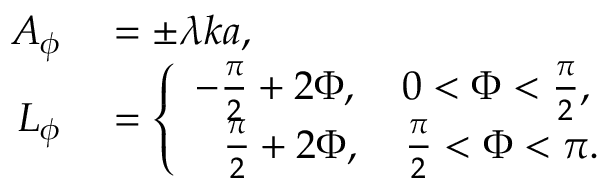
\begin{array} { r l } { A _ { \phi } } & { { } = \pm \lambda k a , } \\ { L _ { \phi } } & { { } = \left\{ \begin{array} { l l } { - \frac { \pi } { 2 } + 2 \Phi , \quad 0 < \Phi < \frac { \pi } { 2 } , } \\ { \phantom { + } \frac { \pi } { 2 } + 2 \Phi , \quad \frac { \pi } { 2 } < \Phi < \pi . } \end{array} \right. } \end{array}